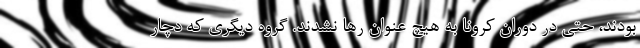
بودند، حتی در دوران کرونا به هیچ عنوان رها نشدند. گروه دیگری که دچار